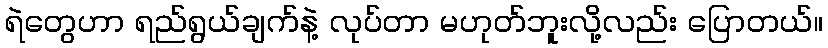
ရဲတွေဟာ ရည်ရွယ်ချက်နဲ့ လုပ်တာ မဟုတ်ဘူးလို့လည်း ပြောတယ်။